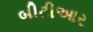
બીટીઆર